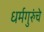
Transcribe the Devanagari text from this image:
धर्मगुरुंचे